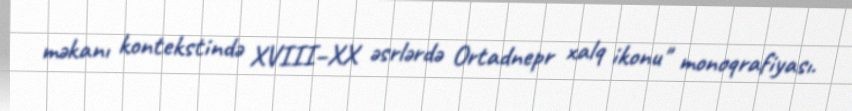
məkanı kontekstində XVIII–XX əsrlərdə Ortadnepr xalq ikonu" monoqrafiyası.